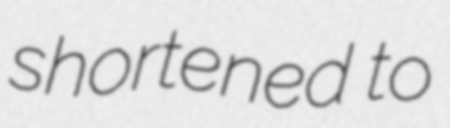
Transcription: shortened to